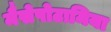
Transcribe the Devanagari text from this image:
मैसेपोटामिया